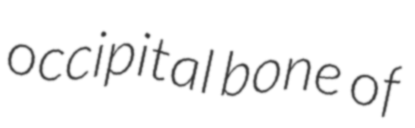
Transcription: occipital bone of